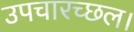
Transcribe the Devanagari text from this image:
उपचारच्छल।